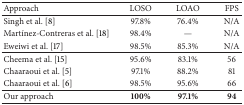
| Approach | LOSO | LOAO | FPS |
 | --- | --- | --- | --- |
 | Singh et al. [8] | 97.8% | 76.4% | N/A |
 | Martínez-Contreras et al. [18] | 98.4% | — | N/A |
 | Eweiwi et al. [17] | 98.5% | 85.3% | N/A |
 | Cheema et al. [15] | 95.6% | 83.1% | 56 |
 | Chaaraoui et al. [5] | 97.1% | 88.2% | 81 |
 | Chaaraoui et al. [6] | 98.5% | 95.6% | 66 |
 | Our approach | 100% | 97.1% | 94 |